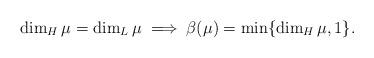
LaTeX: \begin{align*}\dim_H\mu=\dim_L\mu\implies \beta(\mu)=\min\{\dim_H \mu,1\}.\end{align*}